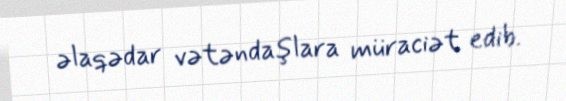
əlaqədar vətəndaşlara müraciət edib.